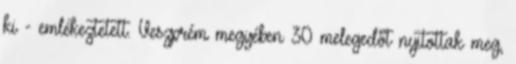
ki - emlékeztetett. Veszprém megyében 30 melegedőt nyitottak meg,